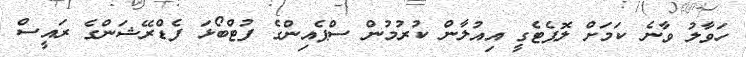
ހަވާލު ވާނެ ކަމަށް ލޮޕެޓެގީ އިއުލާން ކުރުމުން ސްޕެއިންގެ ފުޓްބޯޅަ ފެޑްރޭޝަންގެ ރައީސް